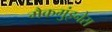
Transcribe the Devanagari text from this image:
मैकगुंइनेस